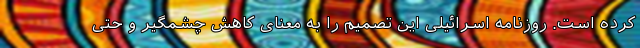
کرده‌ است. روزنامه اسرائیلی این تصمیم را به معنای کاهش چشمگیر و حتی